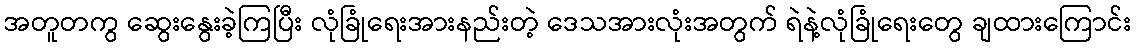
အတူတကွ ဆွေးနွေးခဲ့ကြပြီး လုံခြုံရေးအားနည်းတဲ့ ဒေသအားလုံးအတွက် ရဲနဲ့လုံခြုံရေးတွေ ချထားကြောင်း